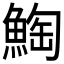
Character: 𲌸